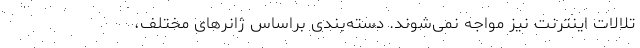
تلالات اینترنت نیز مواجه نمی‌شوند. دسته‌بندی براساس ژانرهای مختلف،